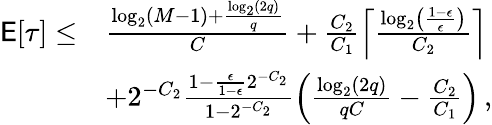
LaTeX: \begin{array}{rl}{\mathsf{E}[\tau]\le}&{\frac{\log_{2}(M-1)+\frac{\log_{2}(2q)}{q}}{C}+\frac{C_{2}}{C_{1}}\left\lceil\frac{\log_{2}\left(\frac{1-\epsilon}{\epsilon}\right)}{C_{2}}\right\rceil}\\ &{+2^{-C_{2}}\frac{1-\frac{\epsilon}{1-\epsilon}2^{-C_{2}}}{1-2^{-C_{2}}}\left(\frac{\log_{2}(2q)}{qC}-\frac{C_{2}}{C_{1}}\right)\, ,}\end{array}